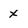
Character: X